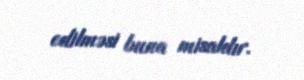
edilməsi buna misaldır.